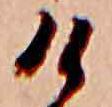
け